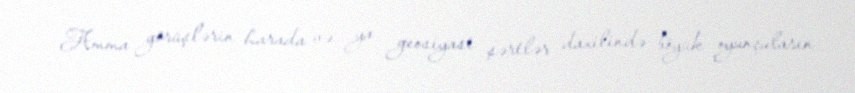
Amma görüşlərin harada və ya geosiyasi şərtlər daxilində böyük oyunçuların